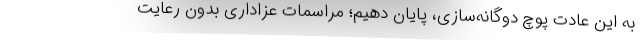
به این عادت پوچ دوگانه‌سازی‌، پایان دهیم؛ مراسمات عزاداری بدون رعایت